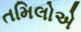
તમિલોએ